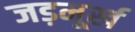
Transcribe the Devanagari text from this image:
जड़मूर्ख